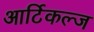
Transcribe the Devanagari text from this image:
आर्टिकल्ज